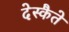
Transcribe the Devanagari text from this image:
देस्कैते